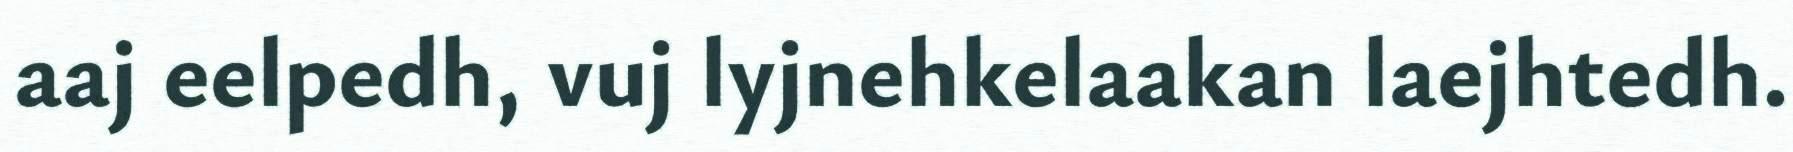
aaj eelpedh, vuj lyjnehkelaakan laejhtedh.